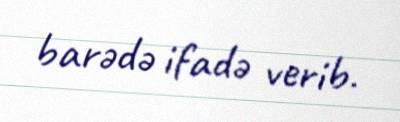
barədə ifadə verib.